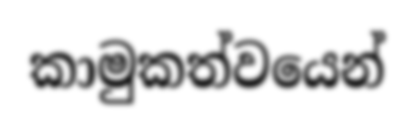
කාමුකත්වයෙන්